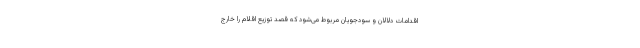
اقدامات دلالان و سودجویان مربوط می‌شود که قصد توزیع اقلام را خارج